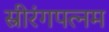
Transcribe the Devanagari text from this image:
स्रीरंगपत्नम